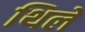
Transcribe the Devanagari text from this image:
थिले